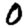
Digit: 0